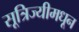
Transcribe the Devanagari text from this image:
सूत्रिज्यीमधून